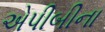
એપીબીના